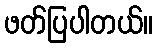
ဖတ်ပြပါတယ်။